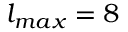
l _ { m a x } = 8